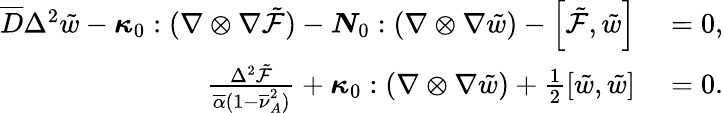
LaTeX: \begin{array}{rl}{\overline{{D}}\Delta^{2}\tilde{w}-\boldsymbol{{\kappa}}_{0}:(\nabla\otimes\nabla{\tilde{\mathcal{F}}})-\boldsymbol{{N}}_{0}:(\nabla\otimes\nabla\tilde{w})-\left[\tilde{\mathcal{F}},\tilde{w}\right]}&{{}=0,}\\ {\frac{\Delta^{2}\tilde{\mathcal{F}}}{\overline{{\alpha}}(1-\overline{{\nu}}_{A}^{2})}+\boldsymbol{{\kappa}}_{0}:(\nabla\otimes\nabla\tilde{w})+\frac{1}{2}\left[\tilde{w},\tilde{w}\right]}&{{}=0.}\end{array}